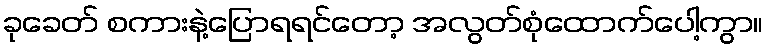
ခုခေတ် စကားနဲ့ပြောရရင်တော့ အလွတ်စုံထောက်ပေါ့ကွာ။